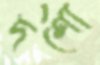
দর্শো